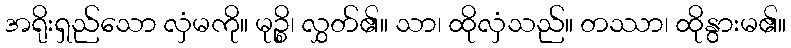
အရိုးရှည်သော လှံမကို။ မုဉ္စိ၊ လွှတ်၏။ သာ၊ ထိုလှံသည်။ တဿာ၊ ထိုနွားမ၏။